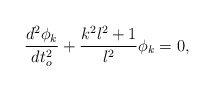
\begin{align*}\frac{d^2\phi_k}{dt_o^2}+\frac{k^2l^2+1}{l^2}\phi_k=0,\end{align*}